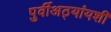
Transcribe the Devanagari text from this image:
पुर्वीअठ्यांयशीं